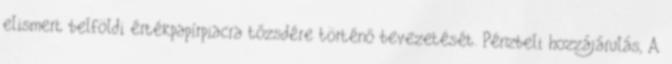
elismert belföldi értékpapírpiacra tőzsdére történő bevezetését. Pénzbeli hozzájárulás, A